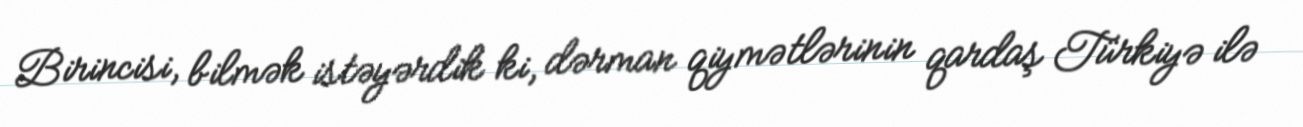
Birincisi, bilmək istəyərdik ki, dərman qiymətlərinin qardaş Türkiyə ilə